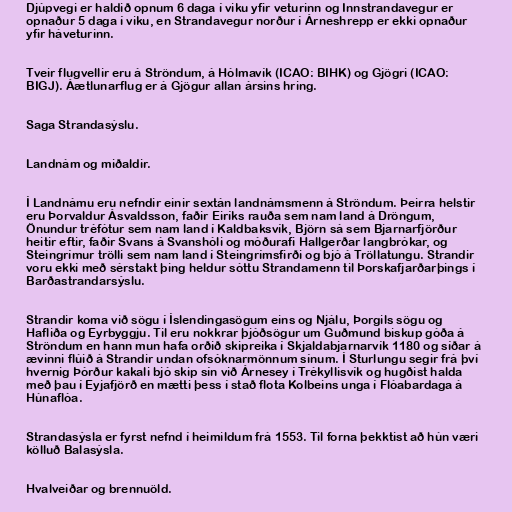
Djúpvegi er haldið opnum 6 daga í viku yfir veturinn og Innstrandavegur er
opnaður 5 daga í viku, en Strandavegur norður í Árneshrepp er ekki opnaður
yfir háveturinn.

Tveir flugvellir eru á Ströndum, á Hólmavík (ICAO: BIHK) og Gjögri (ICAO:
BIGJ). Áætlunarflug er á Gjögur allan ársins hring.

Saga Strandasýslu.

Landnám og miðaldir.

Í Landnámu eru nefndir einir sextán landnámsmenn á Ströndum. Þeirra helstir
eru Þorvaldur Ásvaldsson, faðir Eiríks rauða sem nam land á Dröngum,
Önundur tréfótur sem nam land í Kaldbaksvík, Björn sá sem Bjarnarfjörður
heitir eftir, faðir Svans á Svanshóli og móðurafi Hallgerðar langbrókar, og
Steingrímur trölli sem nam land í Steingrímsfirði og bjó á Tröllatungu. Strandir
voru ekki með sérstakt þing heldur sóttu Strandamenn til Þorskafjarðarþings í
Barðastrandarsýslu.

Strandir koma við sögu í Íslendingasögum eins og Njálu, Þorgils sögu og
Hafliða og Eyrbyggju. Til eru nokkrar þjóðsögur um Guðmund biskup góða á
Ströndum en hann mun hafa orðið skipreika í Skjaldabjarnarvík 1180 og síðar á
ævinni flúið á Strandir undan ofsóknarmönnum sínum. Í Sturlungu segir frá því
hvernig Þórður kakali bjó skip sín við Árnesey í Trékyllisvík og hugðist halda
með þau í Eyjafjörð en mætti þess í stað flota Kolbeins unga í Flóabardaga á
Húnaflóa.

Strandasýsla er fyrst nefnd í heimildum frá 1553. Til forna þekktist að hún væri
kölluð Balasýsla.

Hvalveiðar og brennuöld.